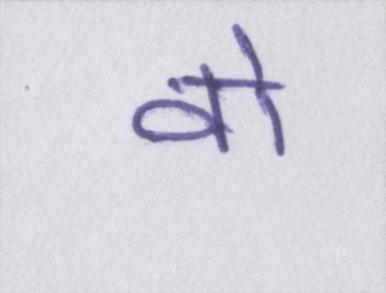
वो